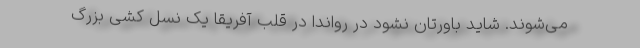
می‌شوند. شاید باورتان نشود در رواندا در قلب آفریقا یک نسل کُشی بزرگ